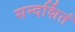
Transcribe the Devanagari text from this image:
सन्दर्शितं